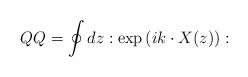
LaTeX: \begin{align*}QQ=\oint dz :\exp\left(ik \cdot X(z)\right): \end{align*}